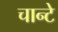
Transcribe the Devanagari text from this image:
चान्टे